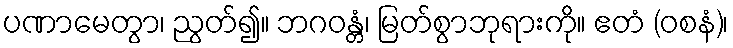
ပဏာမေတွာ၊ ညွတ်၍။ ဘဂဝန္တံ၊ မြတ်စွာဘုရားကို။ ဧတံ (ဝစနံ)၊